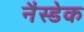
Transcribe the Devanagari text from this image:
नैस्डेक